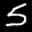
Label: 5